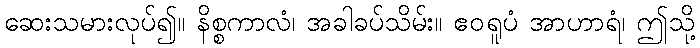
ဆေးသမားလုပ်၍။ နိစ္စကာလံ၊ အခါခပ်သိမ်း။ ဧဝရူပံ အာဟာရံ၊ ဤသို့